Indian journal of veterinary science and animal husbandry - Volume 7,
Year: 1937
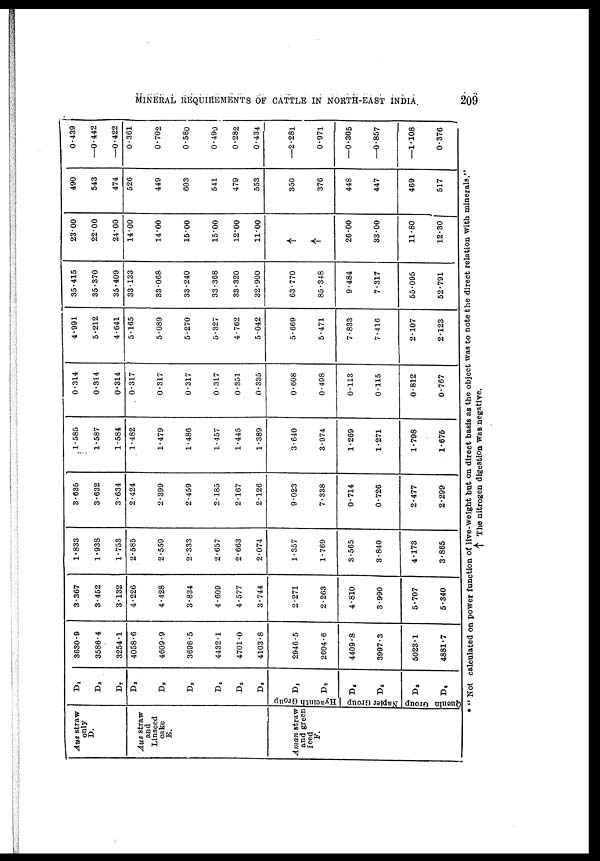
MINERAL REQUIREMENTS OF CATTLE IN NORTH-EAST INDIA.
209
Aus straw
only
D.
Aus straw
and
Linseed
cake
B.
Aman straw
and green
feed
F.
Hyacinth Group
Napier Group
Quenin Group
D1
D 3
D 7
D 2
D 8
D 9
D4
D 5
D 6
D 1
D 2
D 4
D 5
D 3
D 6
3630.9
3586.4
3254.1
4058.6
4609.9
3696.5
4432.1
4701.0
4103.8
2946.5
2604.6
4409.8
3997.3
5023.1
4881.7
3.367
3.452
3.132
4.226
4.428
3.834
4.609
4.577
3.744
2.271
2.263
4.810
3.990
5.707
5.340
1.833
1.938
1.753
2.585
2.559
2.333
2.657
2.663
2.074
1.357
1.769
3.565
3.840
4.173
3.865
3.635
3.632
3.634
2.424
2.399
2.459
2.185
2.167
2.126
9.023
7.338
0.714
0.726
2.477
2.299
1.585
1.587
1.584
1.482
1.479
1.486
1.457
1.445
1.389
3.640
3.974
1.269
1.271
1.798
1.675
0.314
0.314
0.314
0.317
0.317
0.317
0.317
0.351
0.335
0.608
0.498
0.113
0.115
0.812
0.767
4.991
5.212
4.641
5.165
5.089
5.270
5.327
4.762
5.042
5.669
5.471
7.833
7.416
2.107
2.123
35.415
35.370
35.409
33.133
33.068
33.240
33.368
33.320
32.900
63.770
85.348
9.484
7.317
55.095
52.791
23.00
22.00
24.00
14.00
14.00
15.00
15.00
12.00
11.00
↑
↑
26.00
33.00
11.80
12.30
490
543
474
526
449
603
541
479
553
350
376
448
447
469
517
0.439
—0.442
—0.422
0.361
0.702
0.580
0.490
0.282
0.434
—2.281
0.971
—0.305
—0.857
—1.108
0.376
* " Not calculated on power function of live-weight but on direct basis as the object was to note the direct relation with minerals."
↑ The nitrogen digestion was negative.